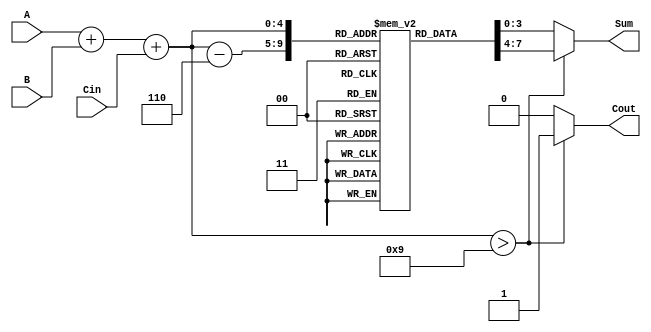
module BCD_LUT_Adder (
    input  [3:0] A,    // First BCD operand
    input  [3:0] B,    // Second BCD operand
    input        Cin,   // Carry input
    output [3:0] Sum,   // BCD sum output
    output       Cout   // Carry output
);

    // Intermediate sum
    wire [4:0] temp_sum;
    
    // Compute the intermediate sum (A + B + Cin)
    assign temp_sum = A + B + Cin;

    // Look-up table for BCD correction
    reg [3:0] LUT [0:19];  // LUT for values from 0 to 19
    reg carry_out;

    // Initialize the LUT
    initial begin
        // Fill the LUT with valid BCD results
        LUT[0]  = 4'b0000; // 0 + 0 = 0
        LUT[1]  = 4'b0001; // 0 + 1 = 1
        LUT[2]  = 4'b0010; // 0 + 2 = 2
        LUT[3]  = 4'b0011; // 0 + 3 = 3
        LUT[4]  = 4'b0100; // 0 + 4 = 4
        LUT[5]  = 4'b0101; // 0 + 5 = 5
        LUT[6]  = 4'b0110; // 0 + 6 = 6
        LUT[7]  = 4'b0111; // 0 + 7 = 7
        LUT[8]  = 4'b1000; // 0 + 8 = 8
        LUT[9]  = 4'b1001; // 0 + 9 = 9
        LUT[10] = 4'b0000; // 1 + 0 = 1
        LUT[11] = 4'b0001; // 1 + 1 = 2
        LUT[12] = 4'b0010; // 1 + 2 = 3
        LUT[13] = 4'b0011; // 1 + 3 = 4
        LUT[14] = 4'b0100; // 1 + 4 = 5
        LUT[15] = 4'b0101; // 1 + 5 = 6
        LUT[16] = 4'b0110; // 1 + 6 = 7
        LUT[17] = 4'b0111; // 1 + 7 = 8
        LUT[18] = 4'b1000; // 1 + 8 = 9
        LUT[19] = 4'b1001; // 1 + 9 = 10 -> invalid, but LUT[19] is 9 + 1
    end

    // Determine the output Sum and Cout based on temp_sum
    always @(*) begin
        if (temp_sum > 9) begin
            Sum = LUT[temp_sum - 6]; // Correct by adding 6
            carry_out = 1'b1; // Set carry out
        end else begin
            Sum = LUT[temp_sum]; // Valid BCD sum
            carry_out = 1'b0; // No carry out
        end
    end

    // Assign carry output
    assign Cout = carry_out;

endmodule